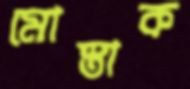
মোস্তাক